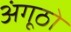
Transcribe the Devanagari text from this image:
अंगूठो